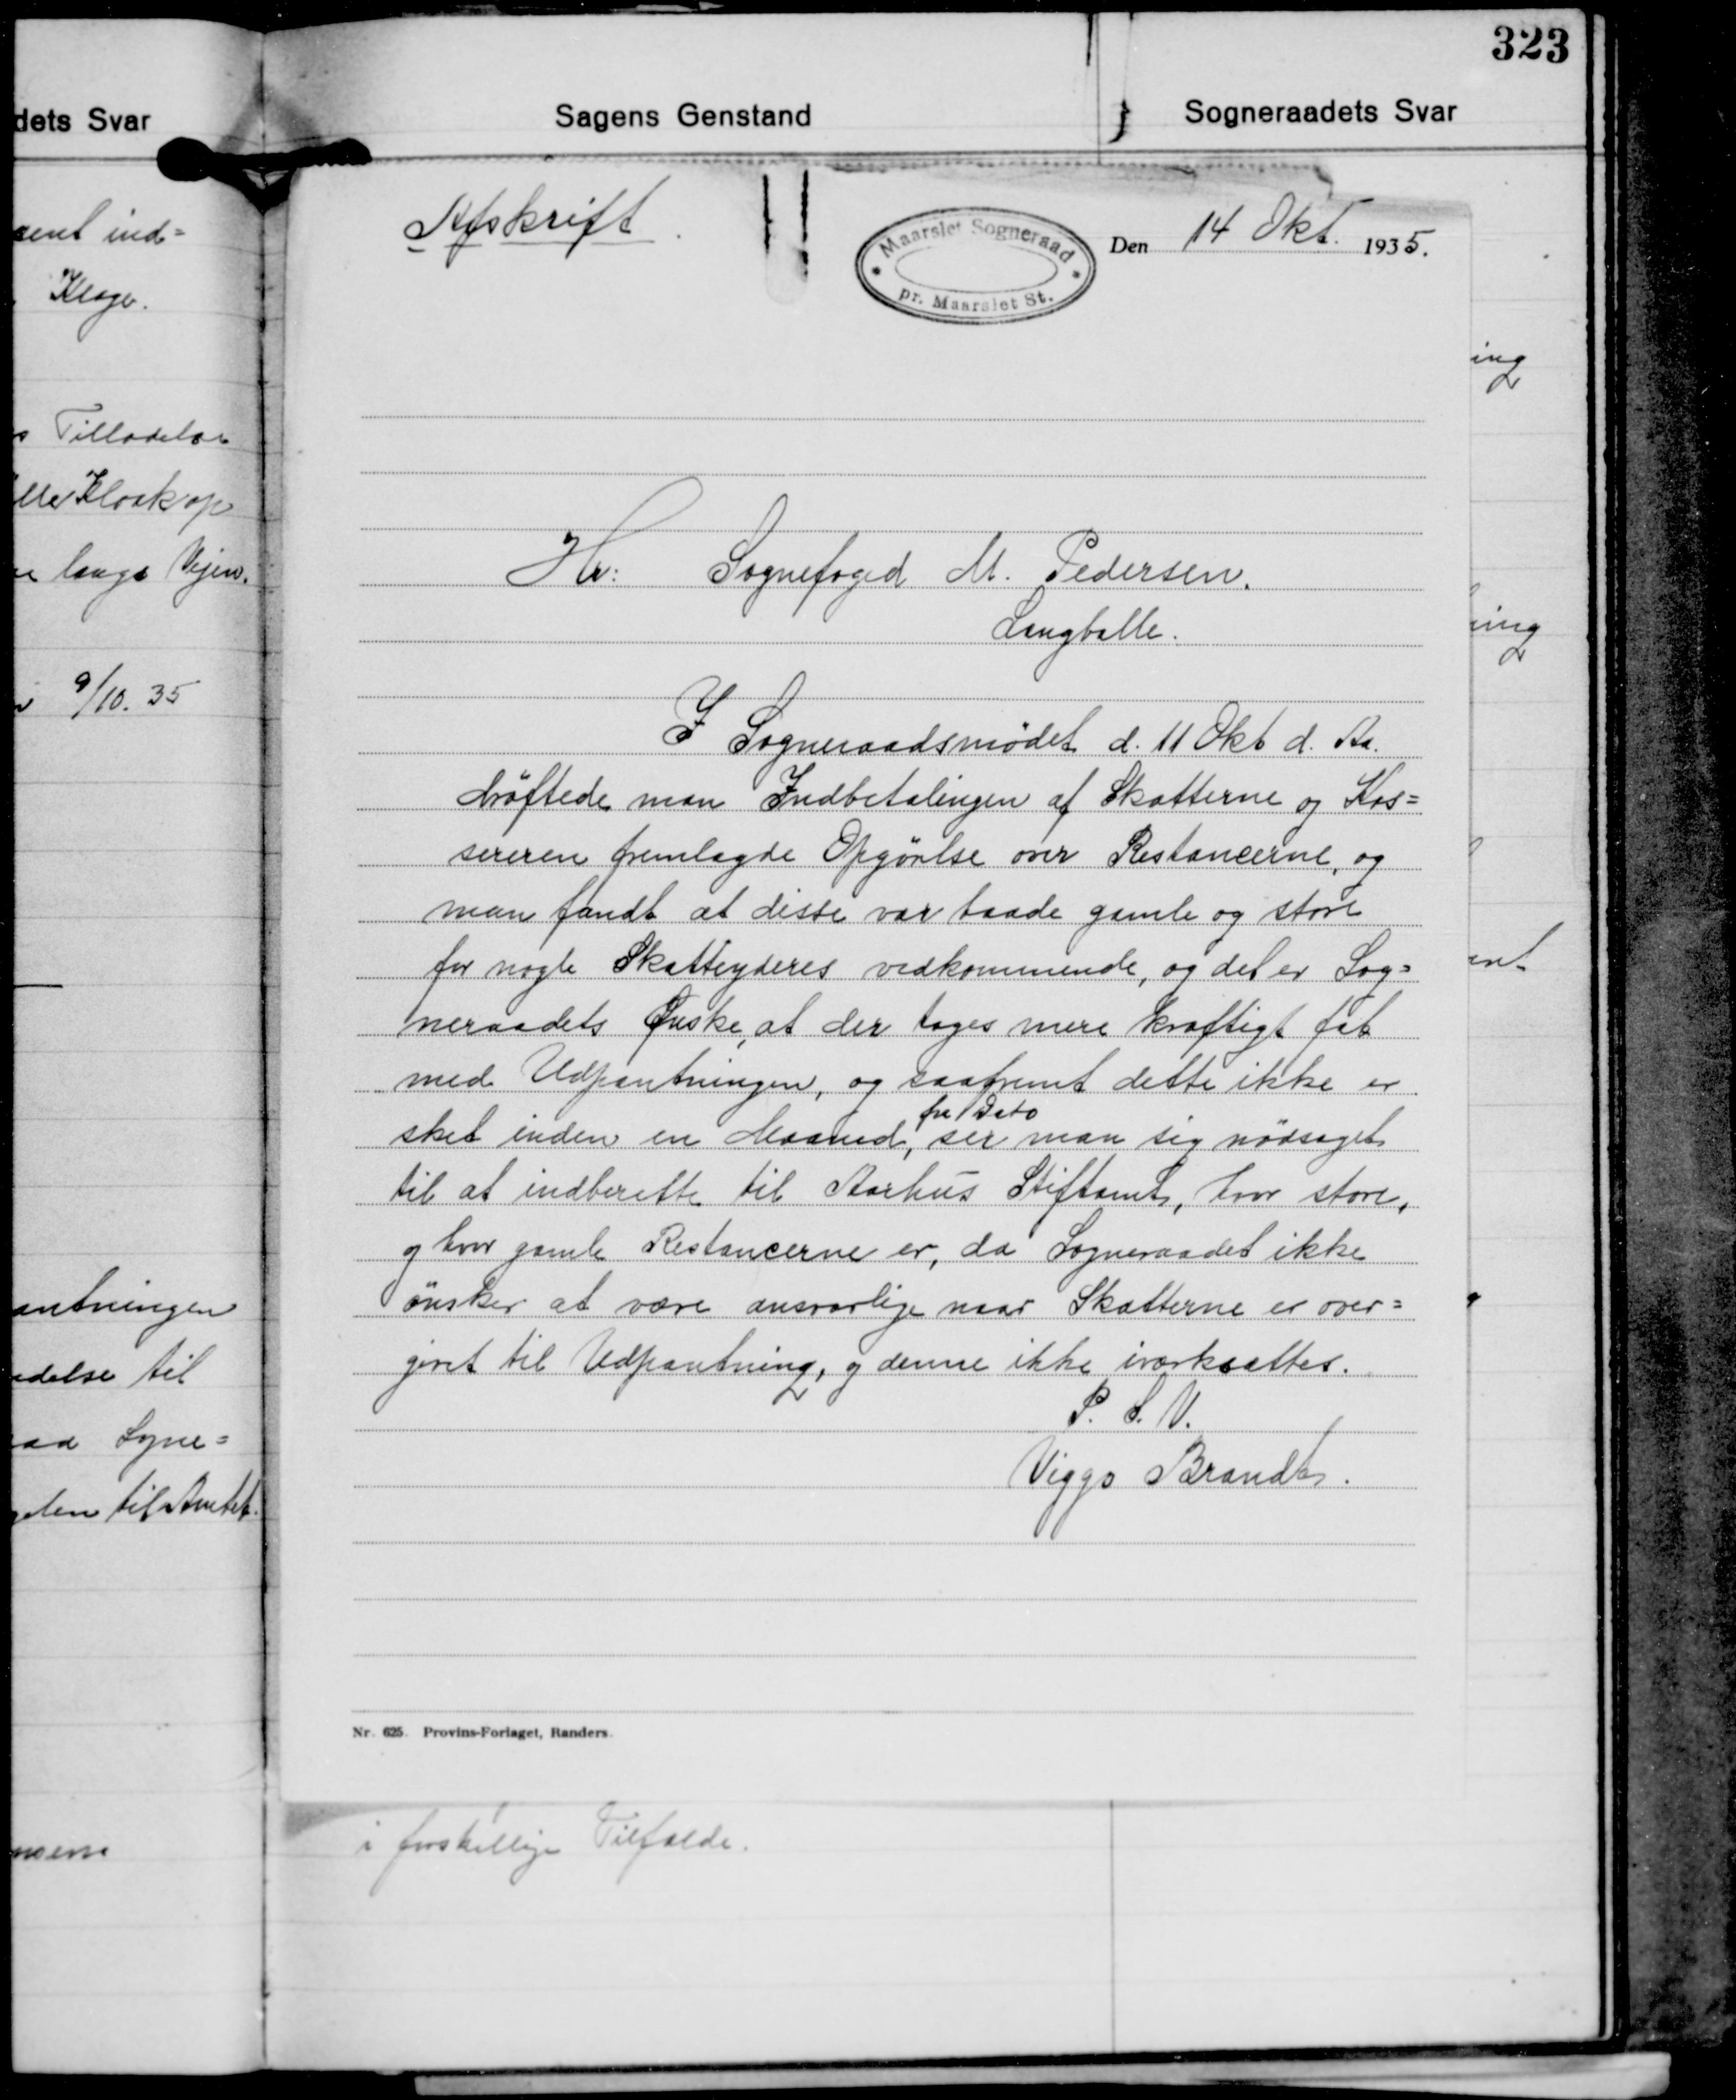
Transskription:
Afskrift

14 Okt. 1935.

Hr. Sognefoged M. Pedersen
Langballe.
I Sogneraadsmødet d. 11 Okt. d. Aa.
drøftede man Indbetalingen af Skatterne og Kas-
sereren fremlagde Opgørlse over Restancerne, og
man fandt at disse var baade gamle og store
for nogle Skatteyderes vedkommende, og det er Sog-
neraadets Ønske, at der tages mere kraftigt fat
med Udpantningen, og saafremt dette ikke er
fra Dato
sket inden en Maaned, ser man sig nødsaget
til at indberette til Aarhus Stiftamt, hvor store
og hvor gamle. Restancerne er, da Sogneraadet ikke
ønsker at være ansvarlige naar Skatterne er over-
givet til Udpantning, og denne ikke iværksættes.
P. S. V.
Viggo Brandt.